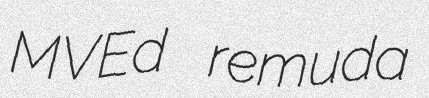
MVEd remuda